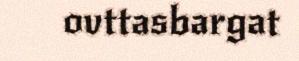
ovttasbargat